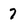
Character: 7